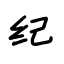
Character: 纪